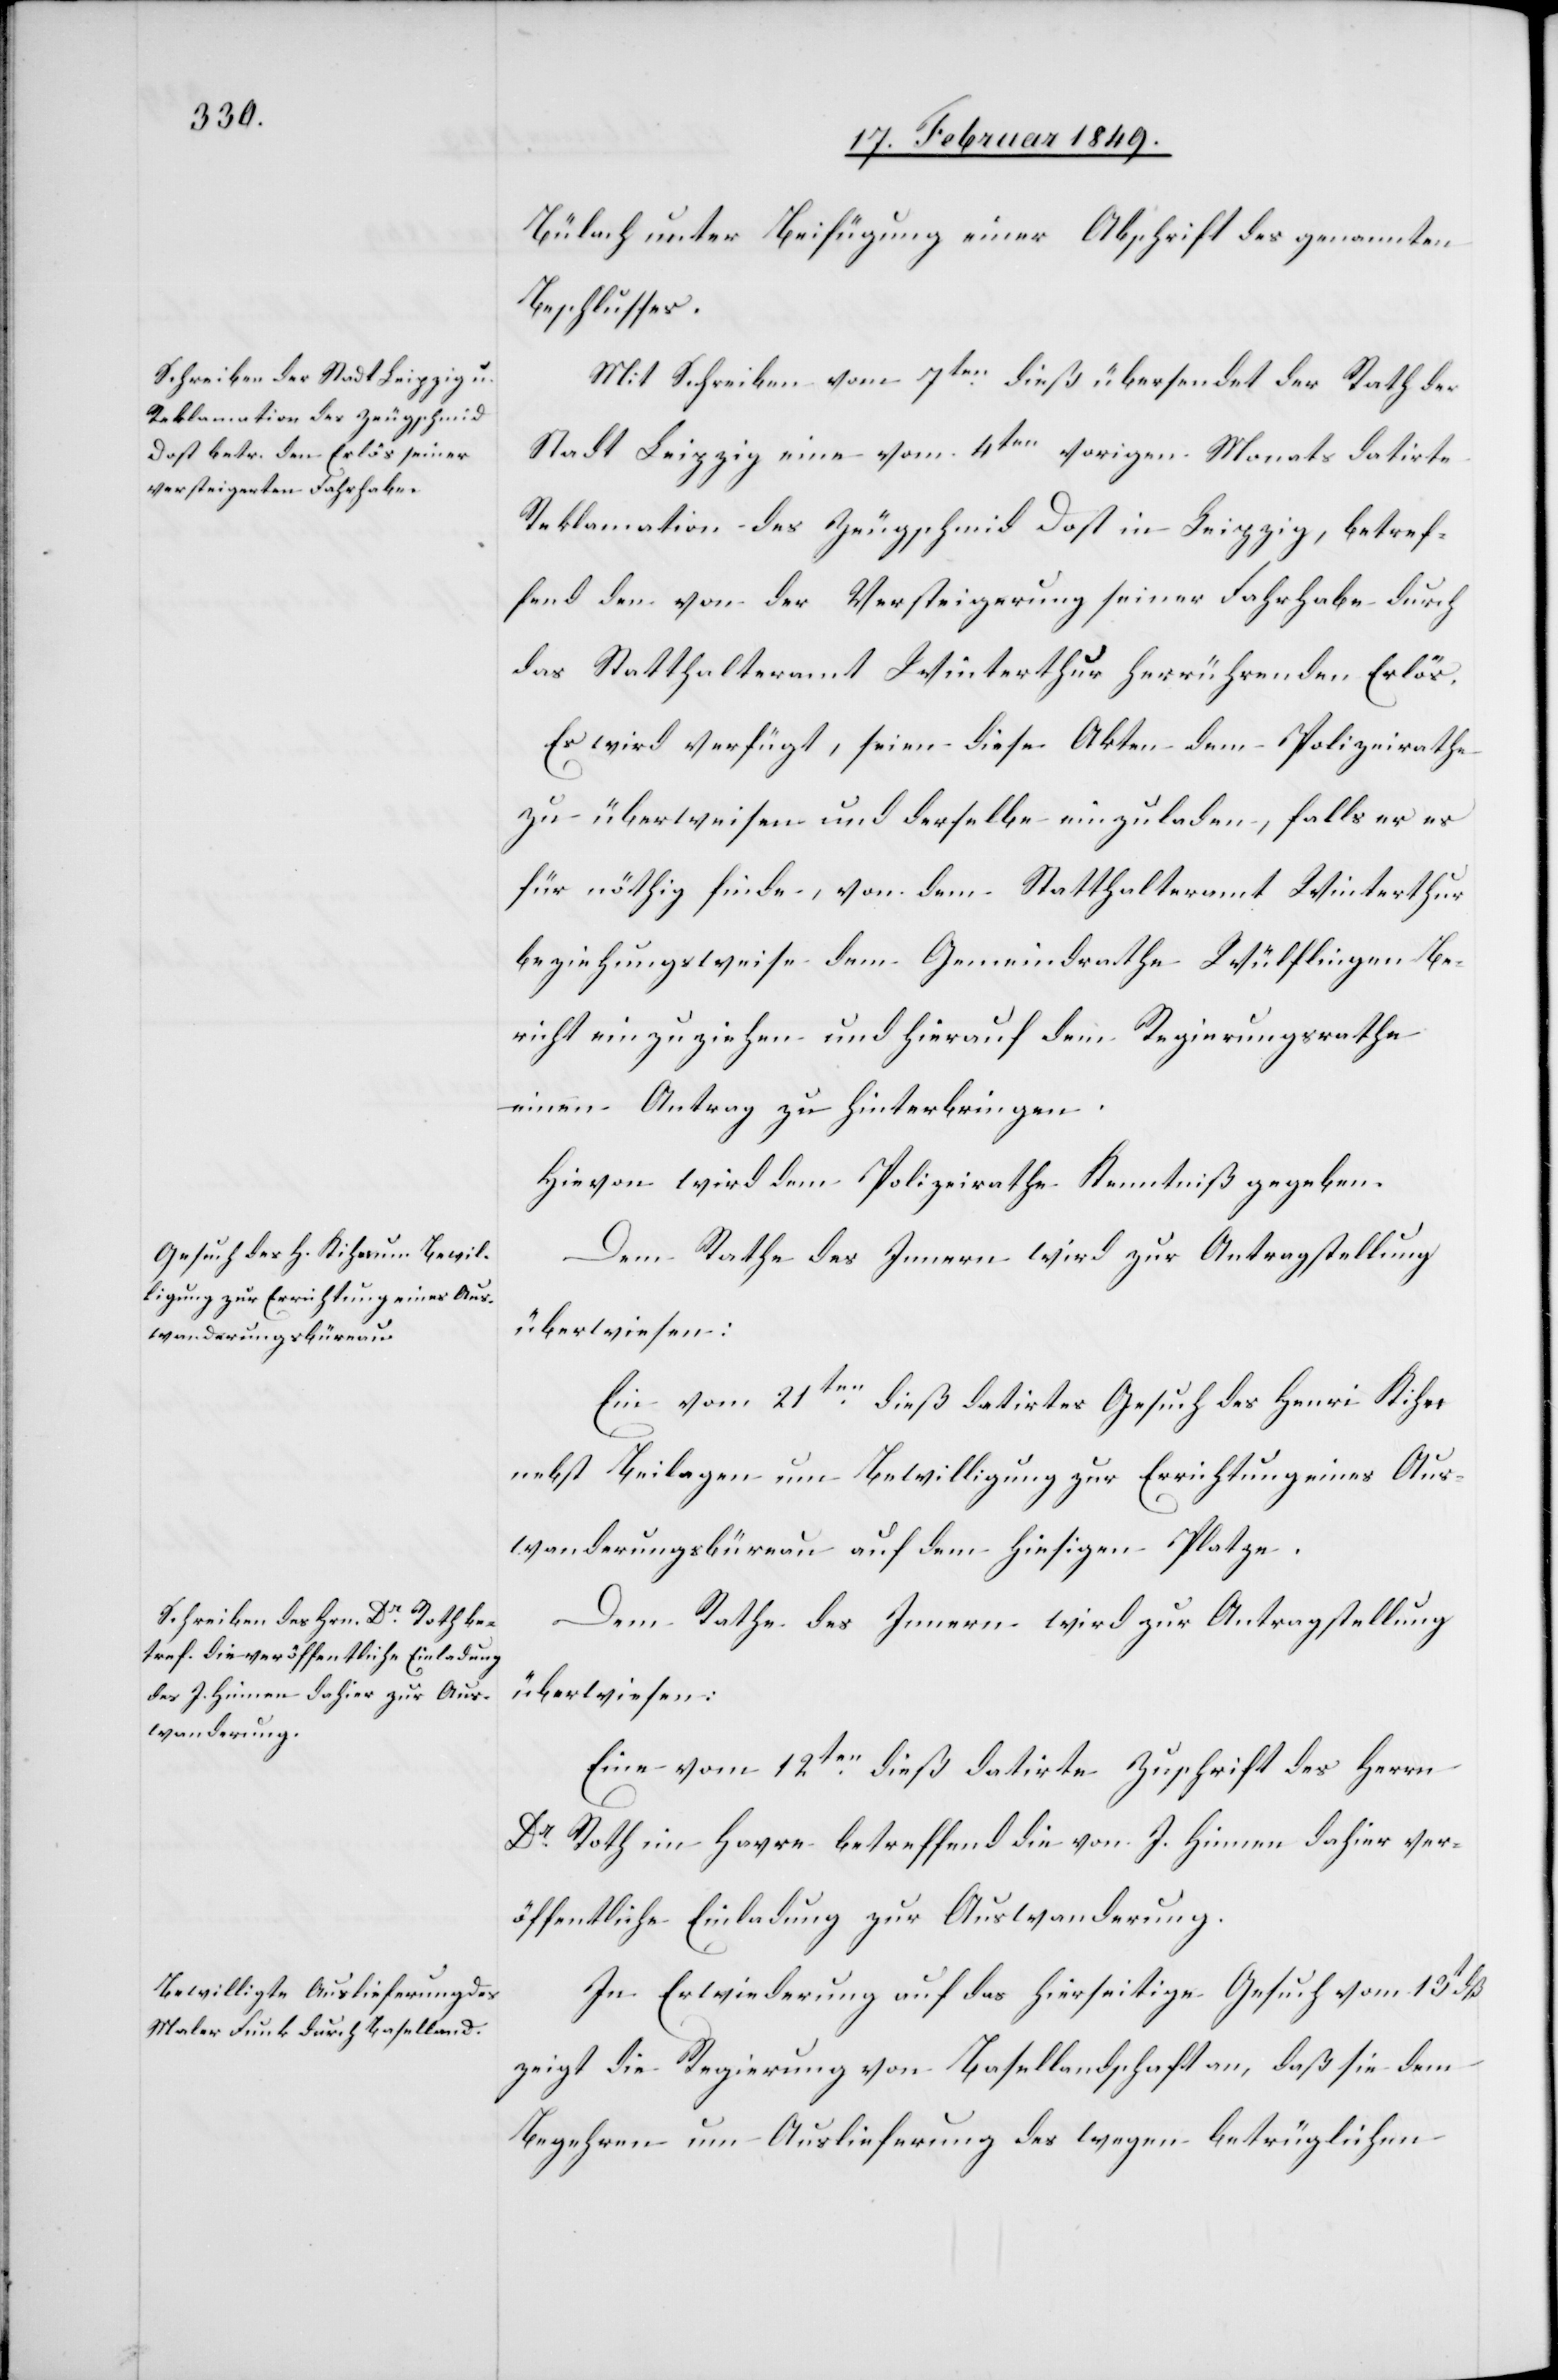
21. Februar 1849.]
Bülach unter Beifügung einer Abschrift des genannten
Beschlusses.
Mit Schreiben vom 7ten. dieß übersendet der Rath der
Stadt Leipzig eine vom 4ten vorigen Monats datirte
Reklamation des Zeugschmid Dost in Leipzig, betref¬
fend den von der Versteigerung seiner Fahrhabe durch
das Statthalteramt Winterthur herrührenden Erlös.
Es wird verfügt, seien diese Akten dem Polizeirathe
zu überweisen und derselbe einzuladen, falls er es
für nöthig finde, von dem Statthalteramt Winterthur
beziehungsweise dem Gemeindrathe Wülflingen Be¬
richt einzuziehen und hierauf dem Regierungsrathe
einen Antrag zu hinterbringen.
Hievon wird dem Polizeirathe Kenntniß gegeben.
Dem Rathe des Innern wird zur Antragstellung
überwiesen:
Ein vom 21ten. dieß datirtes Gesuch des Henri Kiher
nebst Beilagen um Bewilligung zur Errichtung eines Aus¬
wanderungsbüreau auf dem hiesigen Platze.
Dem Rathe des Innern wird zur Antragstellung
überwiesen:
Eine vom 12ten. dieß datirte Zuschrift des Herrn
Dr. Roth im Havre betreffend die von J. Hinnen dahier ver¬
öffentliche [sic!] Einladung zur Auswanderung.
In Erwiederung auf das hierseitige Gesuch vom 13t dß
zeigt die Regierung von Basellandschaft an, daß sie dem
Begehren um Auslieferung des wegen betrüglichen